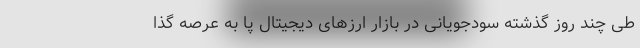
طی چند روز گذشته سودجویانی در بازار ارزهای دیجیتال پا به عرصه گذا